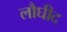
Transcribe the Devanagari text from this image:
लौघीद